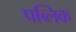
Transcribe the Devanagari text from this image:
पब्‍लिक